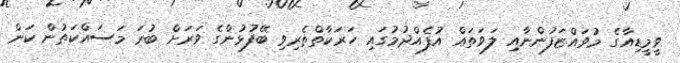
ވީމީޑިއާގެ މުވައްޒަފުންނާއި ލަވަތައް އުފެއްދުމުގައި ހަރަކާތްތެރިވި ބޭފުޅުންގެ ވަރަށް ބުރަ މަސައްކަތުން ކަން